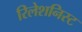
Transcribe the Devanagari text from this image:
रिलेशनिस्ट